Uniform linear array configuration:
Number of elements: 16
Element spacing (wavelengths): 0.25
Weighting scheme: hamming
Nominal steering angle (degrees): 45
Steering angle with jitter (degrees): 44.484
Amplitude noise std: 0.05
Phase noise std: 0.05

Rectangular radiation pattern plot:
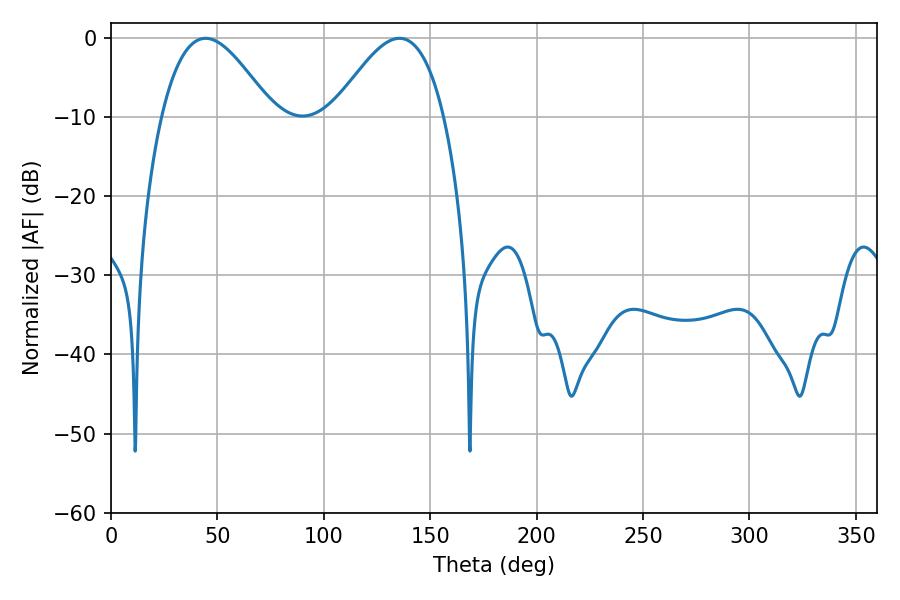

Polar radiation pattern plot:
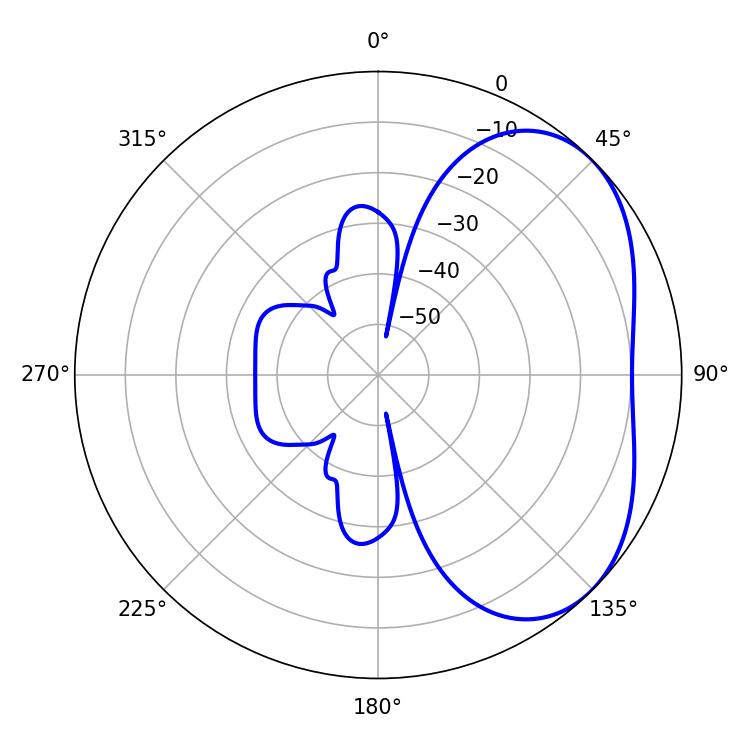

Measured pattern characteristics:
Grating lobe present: FALSE
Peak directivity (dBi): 3.897
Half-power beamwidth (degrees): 28.08
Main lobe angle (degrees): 44.46